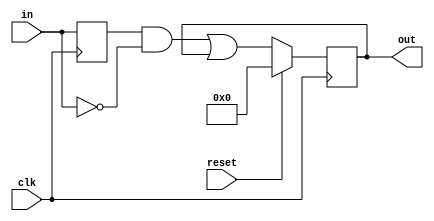
module top_module (
    input clk,
    input reset,
    input [31:0] in,
    output [31:0] out
);
    reg [31:0] temp;
    always @(posedge clk) begin
        temp <= in; //Store the value of the input
        out <= (reset) ? 32'b0 : 
        (temp & ~in) | out; 
    end
endmodule